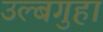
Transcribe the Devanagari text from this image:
उल्बगुहा